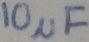
Text: 10µF